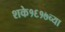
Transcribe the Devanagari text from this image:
शके१६१७च्या